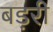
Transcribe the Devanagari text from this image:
बड़री